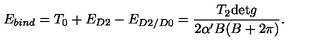
E _ { b i n d } = T _ { 0 } + E _ { D 2 } - E _ { D 2 / D 0 } = \frac { T _ { 2 } \mathrm { d e t } g } { 2 \alpha ^ { \prime } B ( B + 2 \pi ) } .